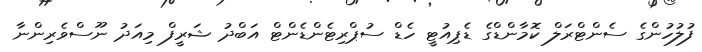
ފުލުހުންގެ ސެންޓްރަލް ކޮމާންޑްގެ ޑެޕިއުޓީ ހެޑް ސުޕްރިޓެންޑެންޓް އަބްދު ޝަރީފް މިއަދު ނޫސްވެރިންނާ